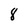
Character: 8